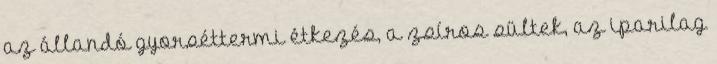
az állandó gyorséttermi étkezés, a zsíros sültek, az iparilag